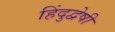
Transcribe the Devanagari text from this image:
हिंदुद्वेषी